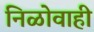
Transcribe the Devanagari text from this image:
निळोवाही